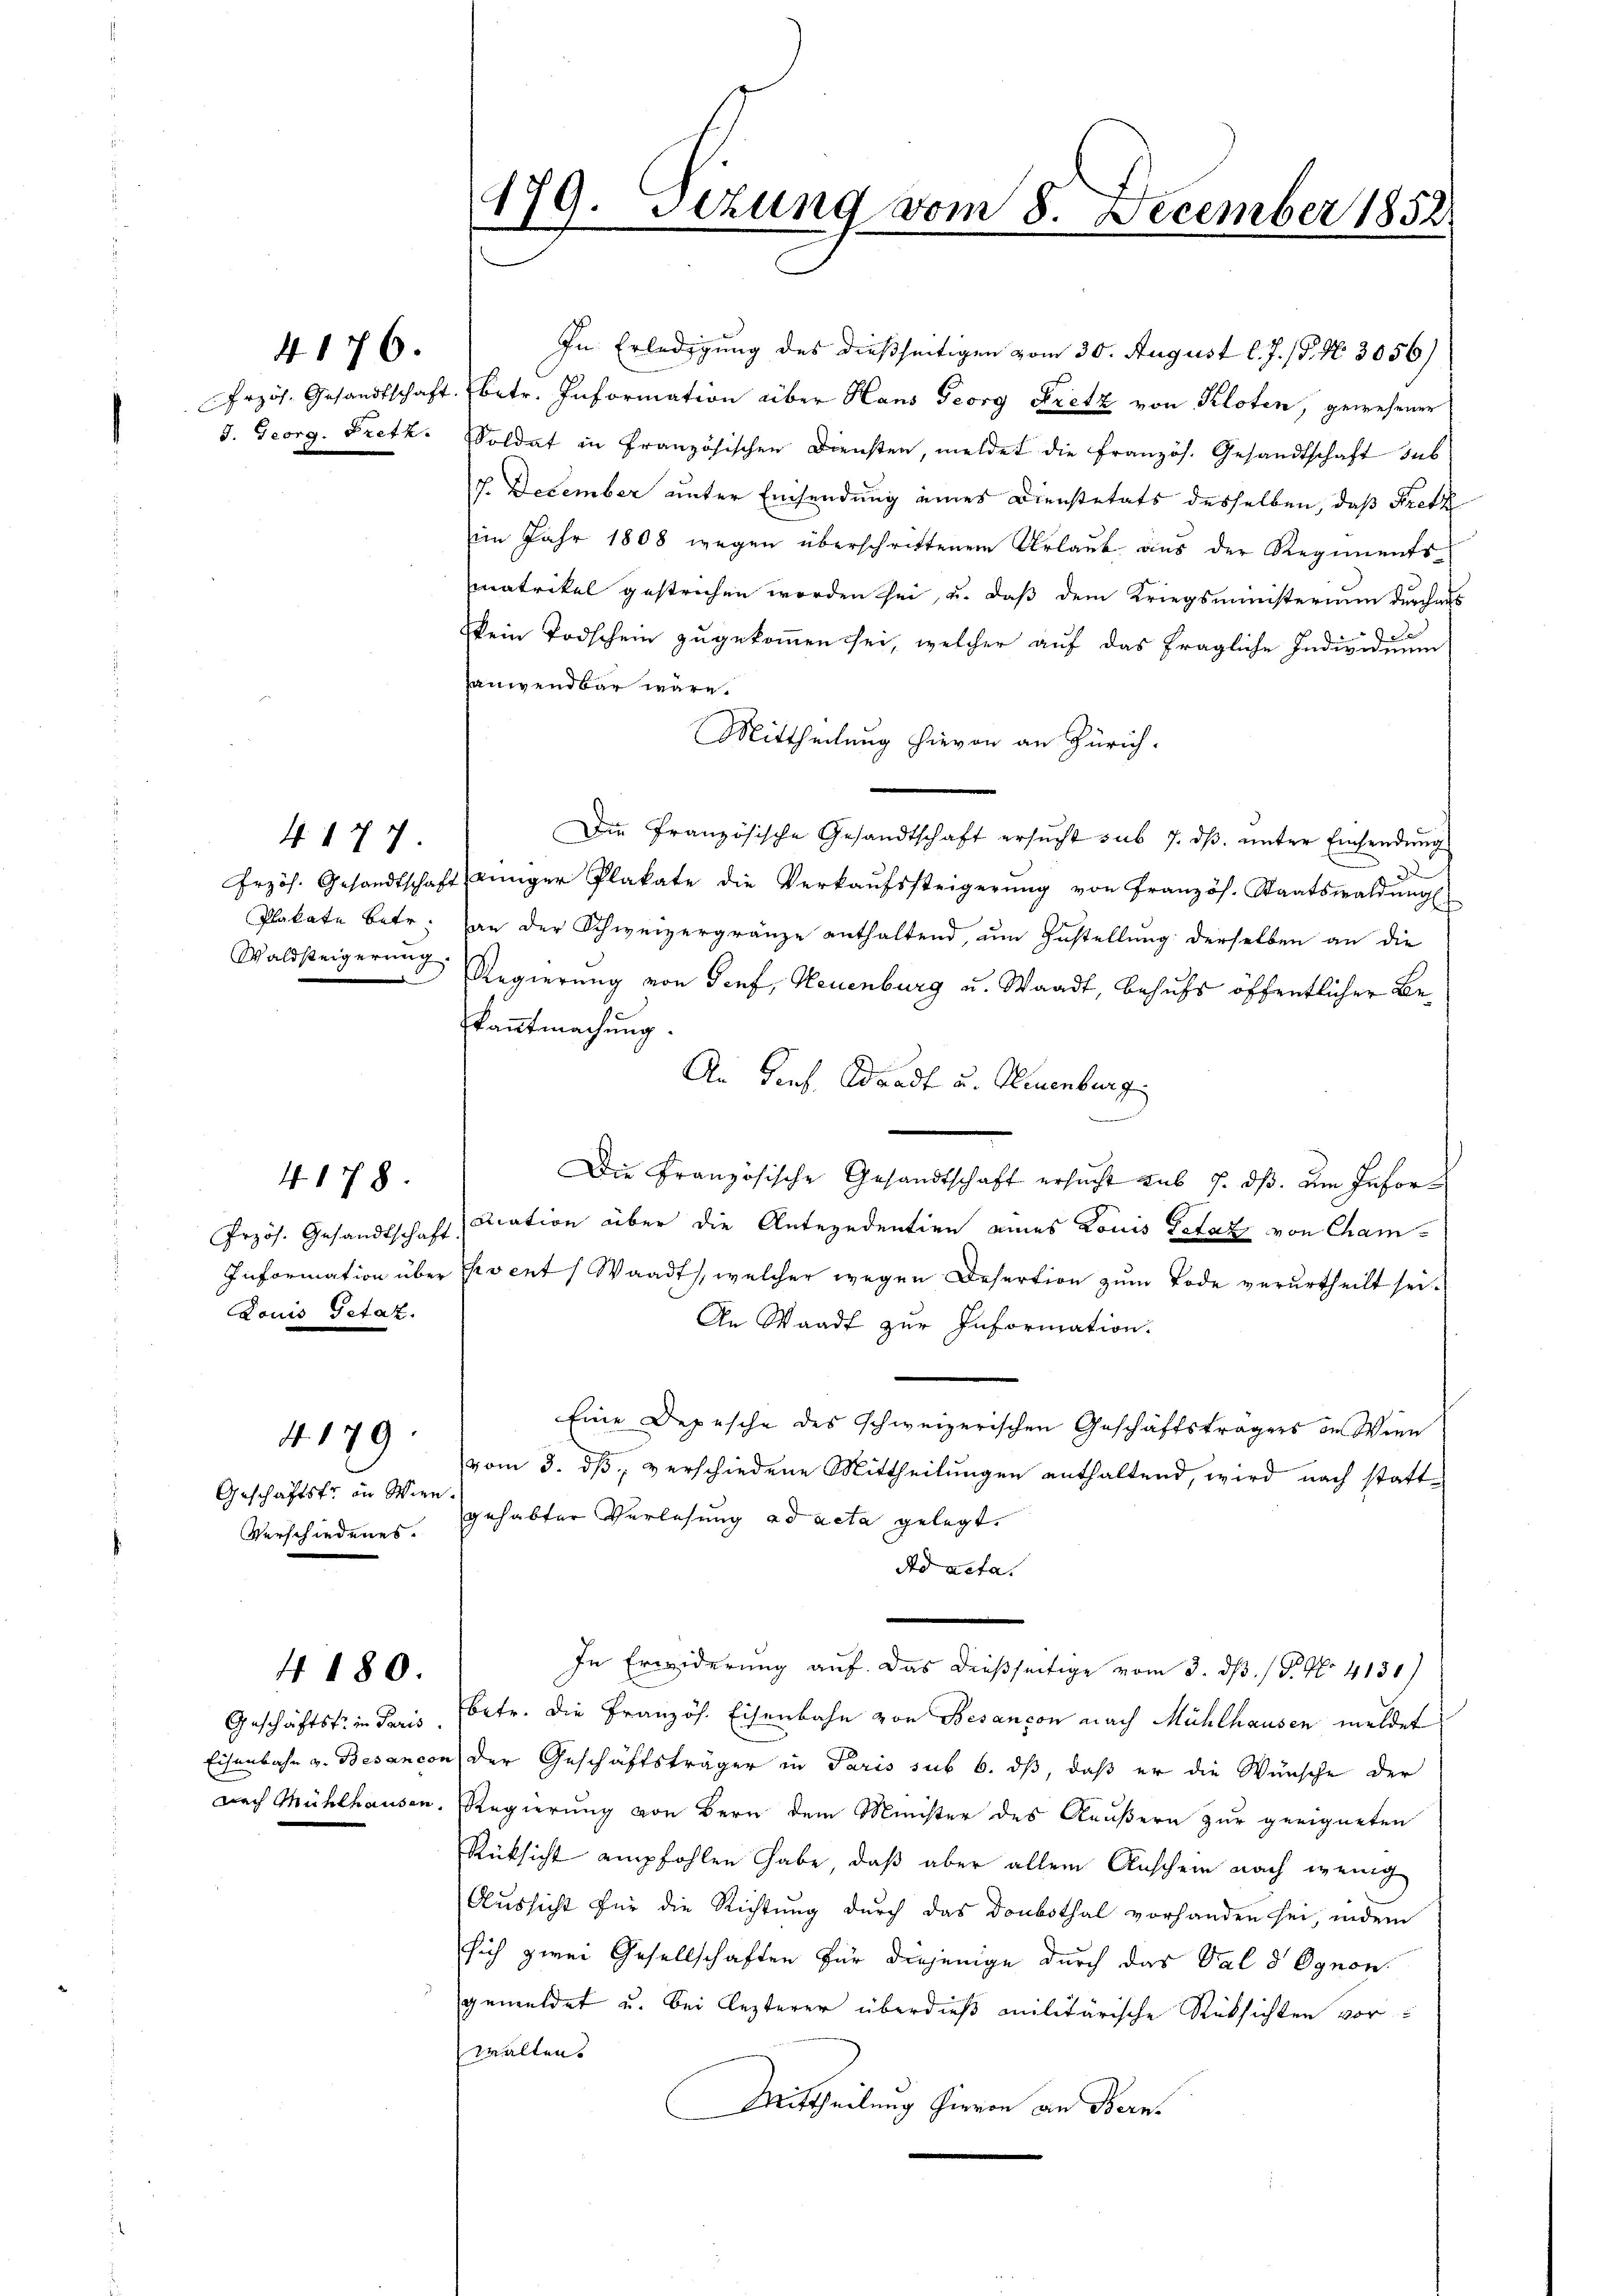
4176.

417

Louis Tetaz.

4178.

Geschäftstr in Wien.

4. 179

4180.

In Erledigung des dießseitigen vom 30. August l. J. (§. N. 3056)
Przös. Gesandtschaft betr. Information über Haus Georg Pretz von Kloten, gewesener
J. Georg. Fretk. Soldat in Französischen Diensten, meldet die Französ. Gesandtschaft sub
J. December unter Einsendung eines Dienstetats desselben, daß Kretz
im Jahr 1808 wegen überschrittenem Urlaub aus der Regiments-
matrikel gestrichen worden sei, u. daß dem Kriegsministerium durchaus
 Se
Kein Todschein zugekommen sei, welcher auf das fragliche Individuum
sanwendbar wäre.
Mittheilung hievon an Zürich.
Die Französische Gesandtschaft ersucht sub 7. dβ. unter Einsendung
32
Frzös. Gesandtschaft einiger Plakate die Verkaŭfssteigerŭng von Französ. Staatswaldung
Plakate betr. an der Schweizergränze enthaltend, um Zustellung derselben an die
Waldsteigerung Regierung von Senf, Neuenburg u. Waadt, behufs öffentlicher Bekanntmachung.
An Genf, Waadt u. Neuenburg
n
Die Französische Gesandtschaft ersucht aus 7. ds. um Infor¬
Przös. Gesandtschaft, dation über die Antecedentien eines Louis Petaz von Cham¬
Information über event (Waadt, welcher wegen Desertion zum Tode verurtheilt sei.
An Waadt zur Information.
Eine Depesche des schweizerischen Geschäftsträgers in Wien
vom 3. dß, verschiedene Mittheilungen enthaltend, wird nach statt¬
Verschiedenes. gehabter Verlesung ad acta gelegt.
Ad acta.
In Erwiderung auf. Das dießseitige vom 3. ds. / P. No. 4130)
Geschäftstein daris (betr. die Französ. Eisenbahn von Besançon nach Mühlhausen meldet
Eisenbahn v. Besancen der Geschäftsträger in Paris sub 6. dß, daß er die Wünsche der
nach Mühlhausen, Regierung von Bern dem Minister des Aeußern zur geeigneten
Rücksicht empfohlen habe, daß aber allein Anschein nach wenig
Aussicht für die Richtung durch das Donbothal vorhanden sei, indem
sich zwei Gesellschaften für diejenige durch das Val d Ognon.
gemeldet u. bei lezterer überdieß militärische Rücksichten vorwalten
Mittheilung hievon an Bern.

179. Setzung vom 8. December 1852.
e